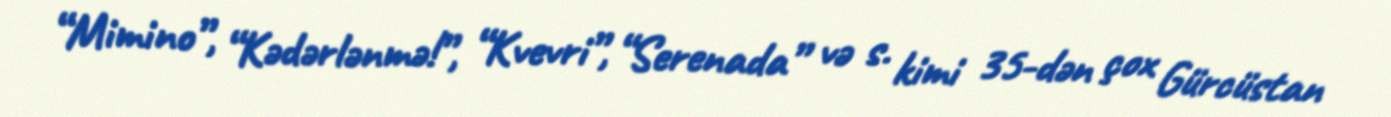
“Mimino”, “Kədərlənmə!”, “Kvevri”, “Serenada” və s. kimi 35-dən çox Gürcüstan